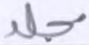
مجلد